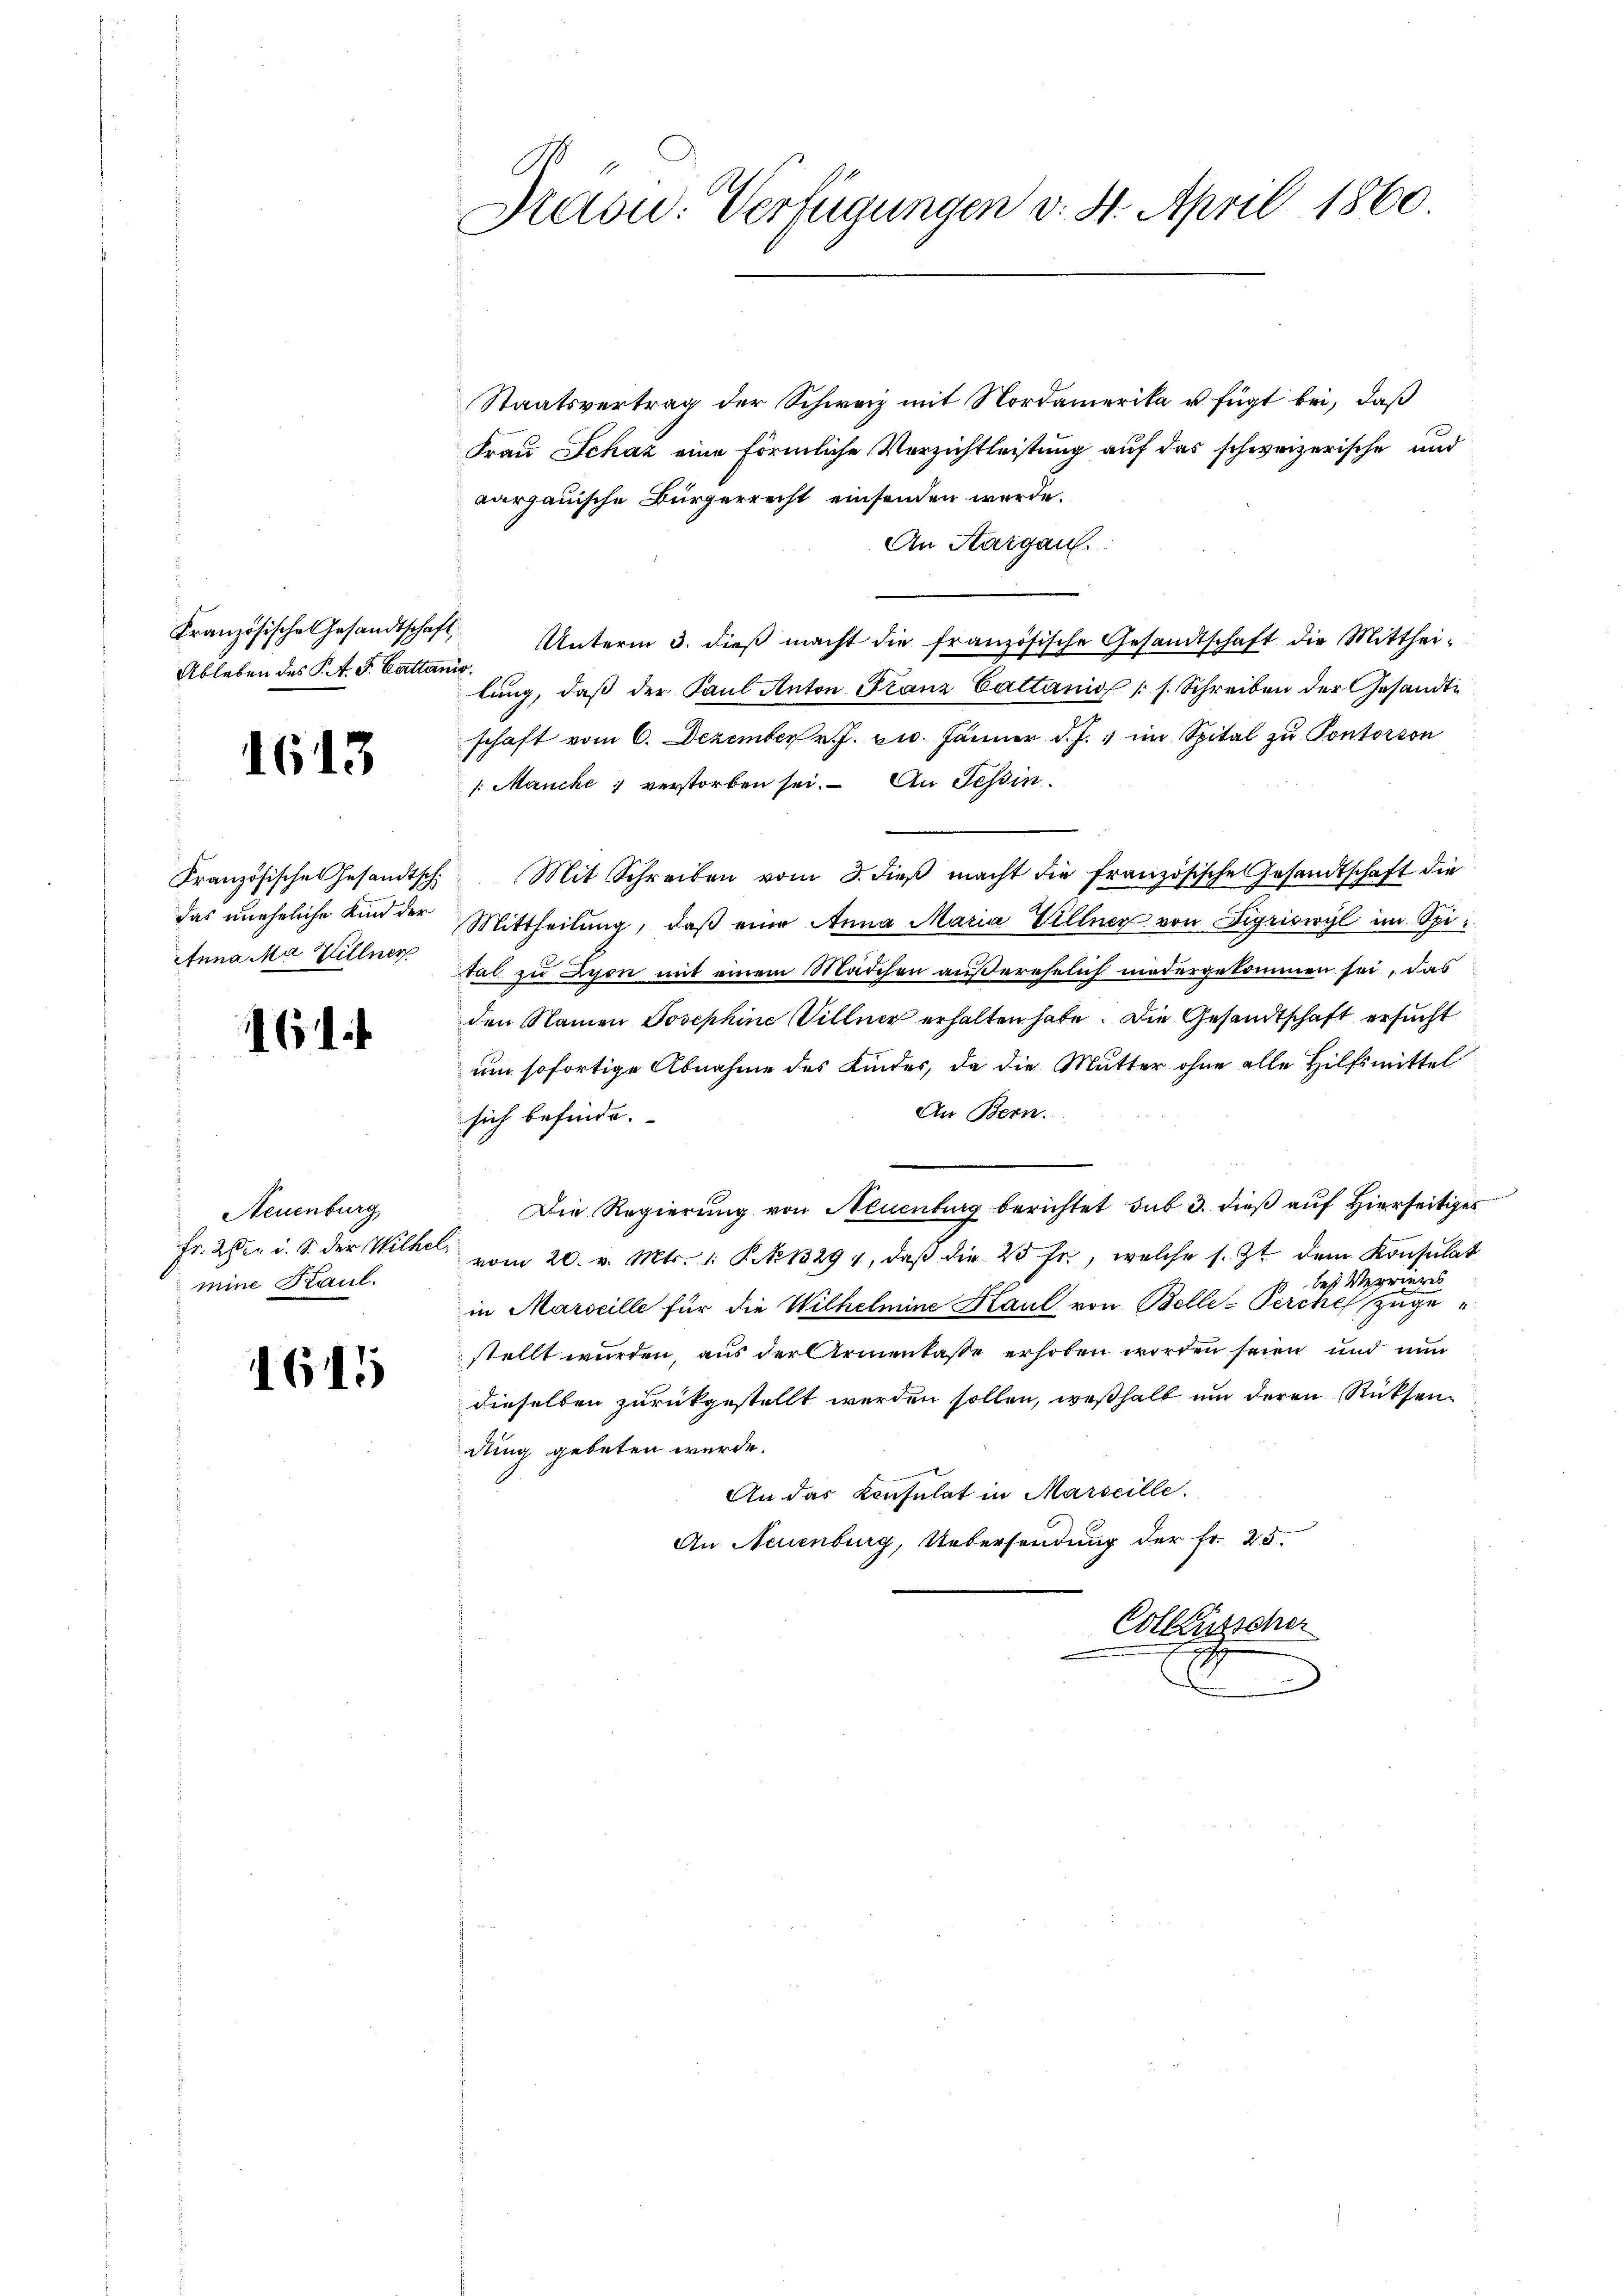
Ableben des P. V. P. Cattanis

1613

Anna Ma Villner

161

Neuenburg
mine Kaul.

1615

Präsid. Verfügungen v. 4. April 1860

Staatsvertrag der Schweiz mit Nordamerika u fügt bei, daß
Frau Schaz eine förmliche Verzichtleistung auf das schweizerische und
aargauische Bürgerrecht einsenden werde.
An Sargau.
Französische Gesandtschaft. Unterm 3. dieβ macht die französische Gesandtschaft die Mitthei-
lung, daß der Paul Anton Franz Cattanis (s. Schreiben der Gesandte
schaft vom 6. Dezember v. J. pr. Jänner d. J. im Spital zu Pontorson
1. Manche verstorben sei. An Tessin.
Französische Gesandtsch. Mit Schreiben vom 3. dieβ macht die französische Gesandtschaft die
das uneheliche Kind der Mittheilŭng, daβ eine Anna Maria Villner von Sigriswyl im Spital zu Lyon mit einem Mädchen außerehelich niedergekommen sei, das
den Namen Josephine Villner erhalten habe. Die Gesandtschaft ersucht
um sofortige Abnahme des Kinder, da die Mutter ohne alle Hilfsmittel
An Bern.
sich befinde.
Die Regierung von Neuenburg berichtet sub 3. dieß auf Hierseitiges
Fr. 2 der i. S. der Wilhel vom 20. v. Mts. 1. P. No 13294, daβ die 25 fr., welche s. Zt. dem Konsulat
des Verrieres
in Marseille für die Wilhelmine Haut von Belle-Perche zugestellt wurden, aus der Armenkasse erhoben worden seien und nun
dieselben zurückgestellt werden sollen, weßhalb um deren Rücksendung gebeten würde.
An das Konsulat in Marseille.
An Neuenburg, Uebersendung der Fr. 25.
Collensscher